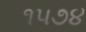
૧૫૭૪